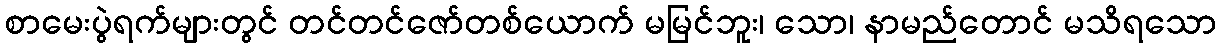
စာမေးပွဲရက်များတွင် တင်တင်ဇော်တစ်ယောက် မမြင်ဘူး၊ သော၊ နာမည်တောင် မသိရသော